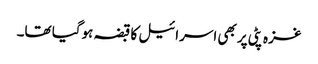
غزہ پٹی پر بھی اسرائیل کا قبضہ ہوگیا تھا۔